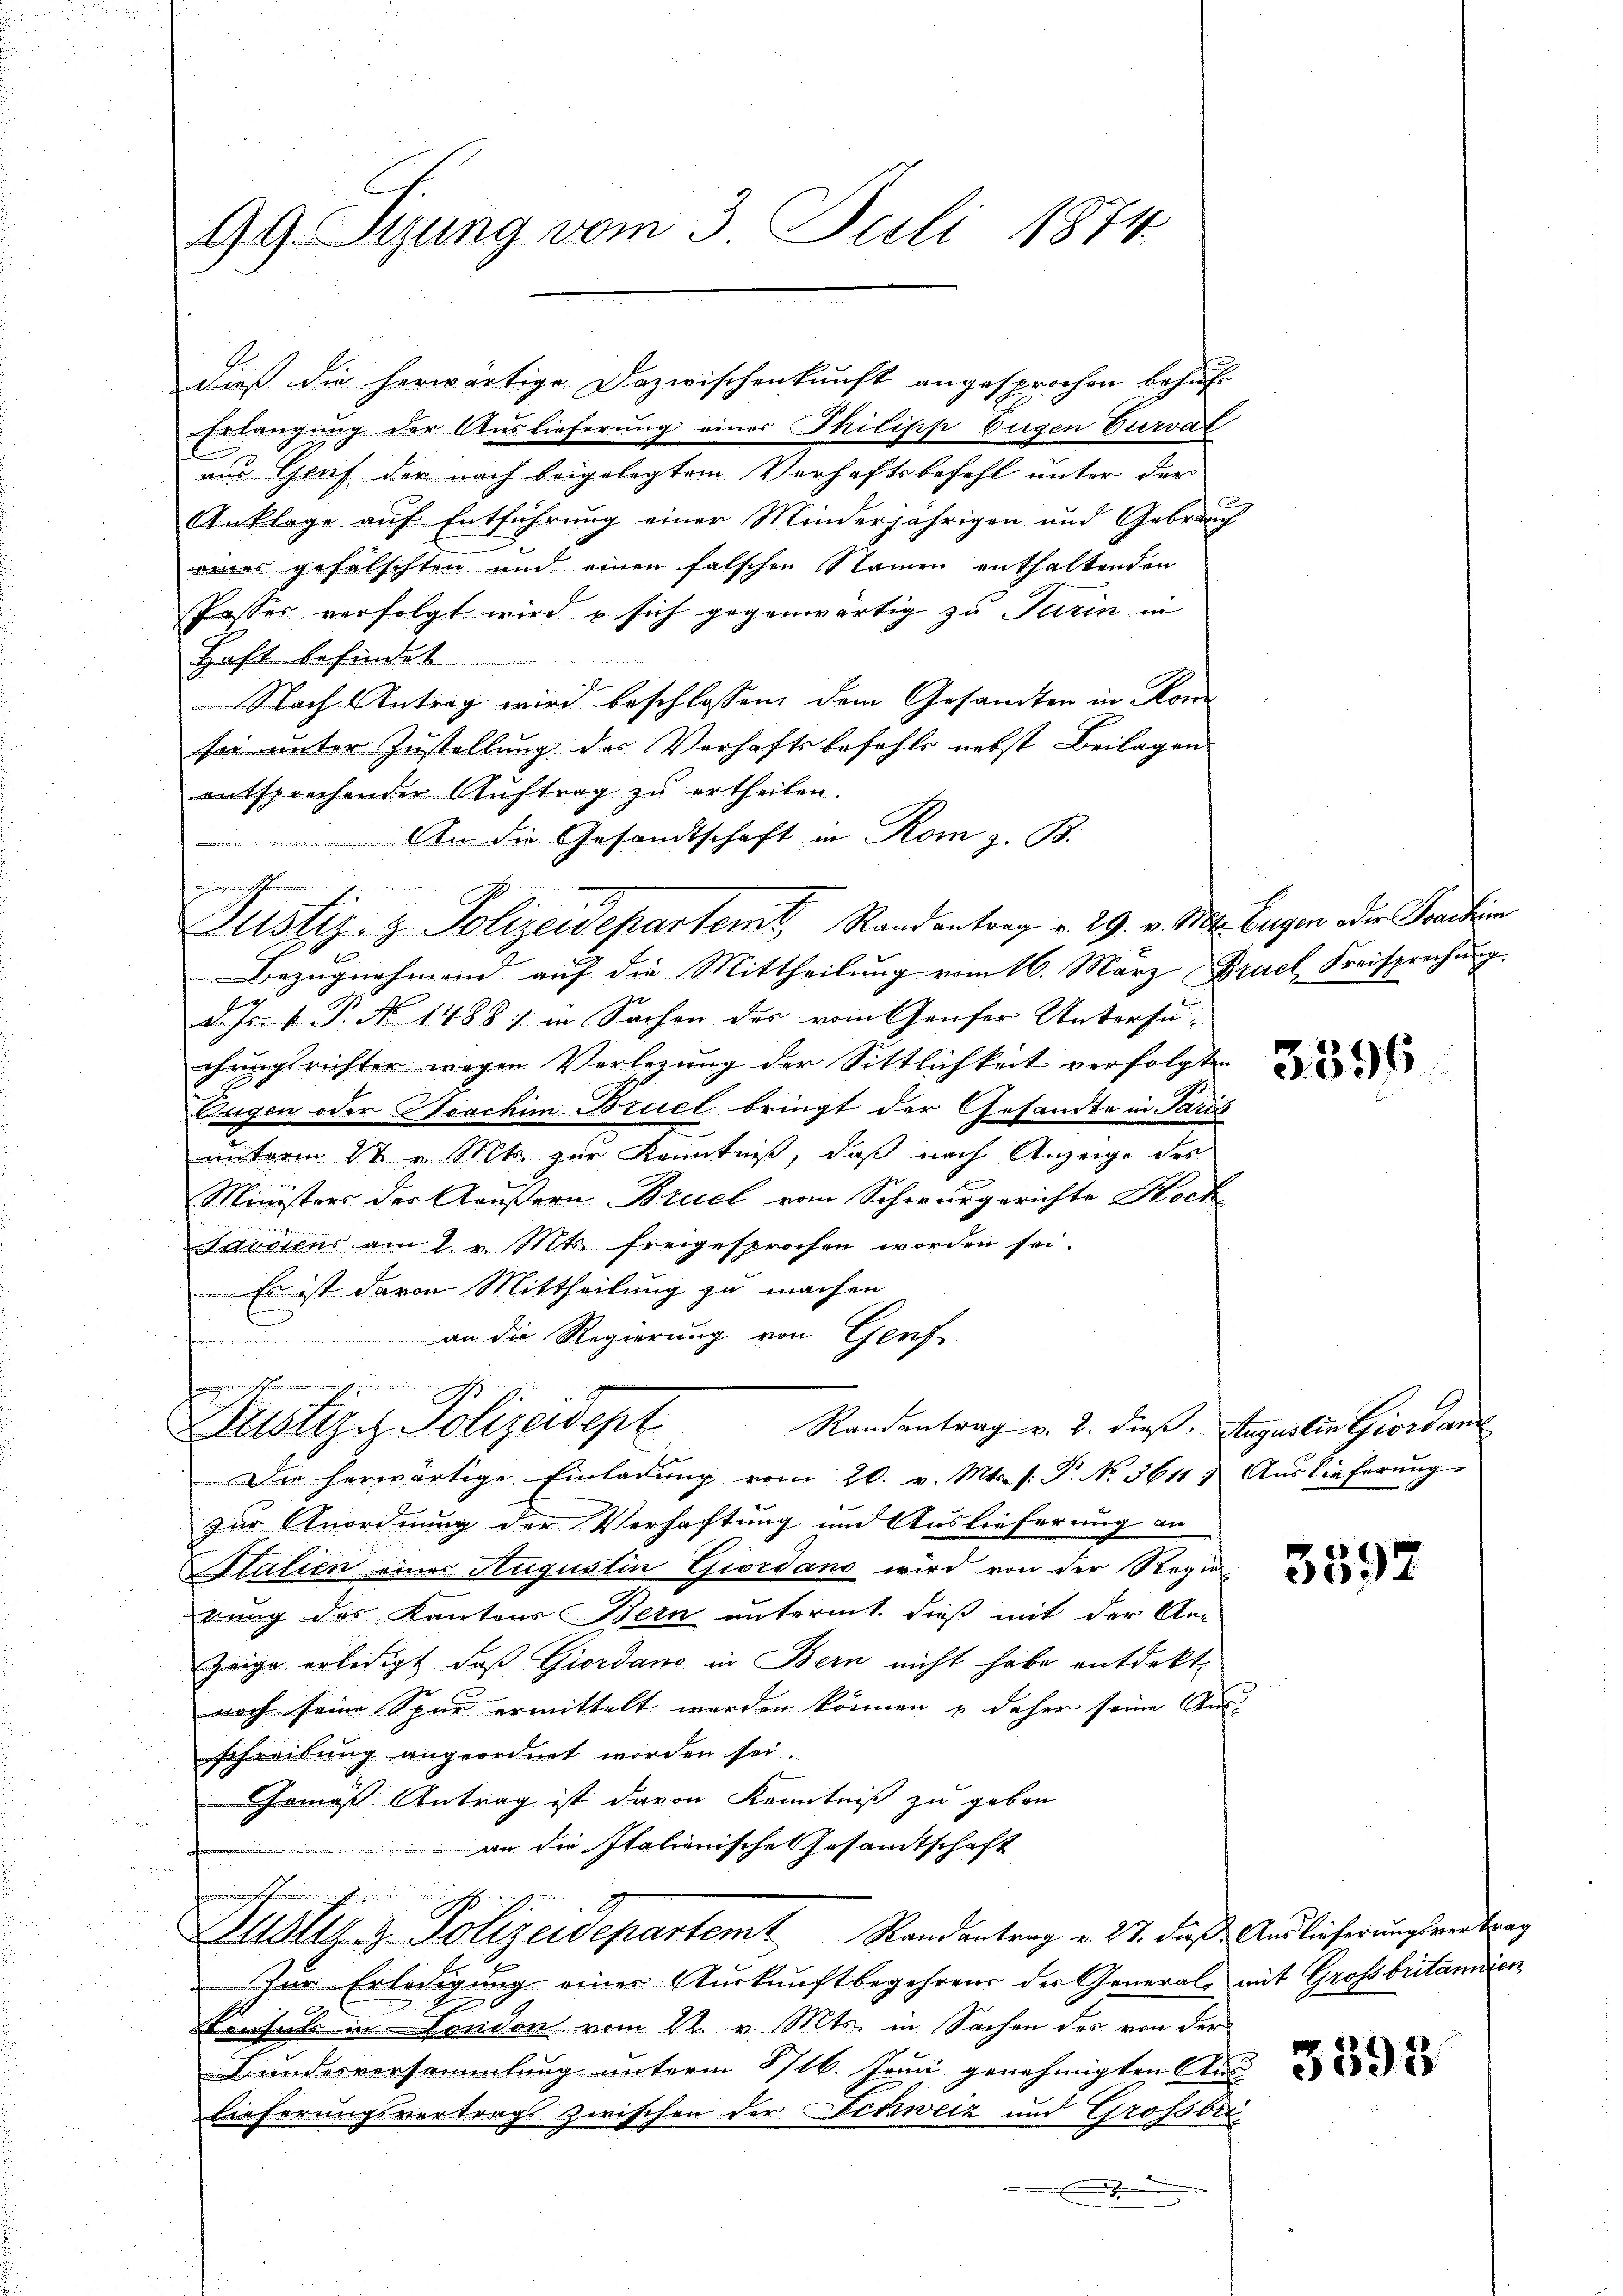
99. Sizung vom 3. Juli 1874.

Erlangung der Auslieferung einer Philipp Eugen Curvät
am Gruf der nach beigelegtem Verhaftsbefehl unter der
Anklage auf Entführung einer Minderjährigen und Gebrauch
eines gefalschten und einen falschen Namen enthaltenden
Passer verfolgt wird u sich gegenwärtig zu Turin in
Haft befindet
Nach Antrag wird beschlossen, dem Gesandten in Kon
sei unter Zustellung des Verhaftsbefehls nebst Beilagen
entsprechender Auftrag zu ertheilen.
An die Gesandtschaft in Rom z. B.
un in
 Kinden seiter
ustiz- & Polizeidepartemt, Randantrag v. 29. v. Mts. Eugen oder Joachim
Bezugnahmend auf die Mittheilung vom 16. März Bzuel Freisprechung.
d. Js. v. P. No 1488) in Sachen des vom Genfer Untersuchungsrichter wegen Verlegung der Sittlichkeit verfolgten
Eugen oder Joachim Bruel bringt der Gesandte in Paris
unterm 8t v. Mts. zur Kenntniß, daß nach Anzeige des
Ministers der Aeußern Bruel vom Schwurgerichte Hoch
Sndicus am 1. v. Mts. freigesprochen worden sei.
Es ist davon Mittheilung zu machen
an die Regierung von Genf
eiinen schmann sie eine
Justiz. Polizeidept
Randantrag v. 2. dieß. Augustin Giordan
Die herwärtige Einladŭng vom 20. v. Mts. f. P. No 3611) Auslieferŭng
zur Anordnung der Verhaftung und Auslieferung an
Italien eines Augustin Giordano wird von der Regi
rung des Kantons Bern untermit dieß mit der An
Zeige erledigt, daß Giordano in Bern nicht habe entdekt
noch seine Spur ermittelt werden können & daher seine Aus-
schreibung angeordnet worden sei.
Gemäß Antrag ist davon Kenntniß zu geben
an die Italienische Gesandtschaft
u
minischeinen dienen möchte
Uoltz z. Polizeidepartem Randantrag v. 27. dieß. Auslieferungsvertrag
Zur Erledigung einer Auskunftbegehrens der Generale mit Grossbritamen
Konsul in London vom 22. v. Mts. in Sachen des von der
Biederversammlung unterm 1716. Junii genehmigten Aus
Dieferungsvertrags zwischen der Schweiz und Grossbir¬

f einge nicht

dieß die herwärtige Dazwischenkunft angesprochen behuf-

3596

3592